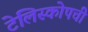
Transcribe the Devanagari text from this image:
टेलिस्कोपची